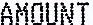
AMOUNT